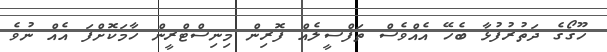
ހޫގޯގެ ދަތުރުފުޅާ ބެހޭ އެއްވެސް ތަފްސީލެއް ފޮރިން މިނިސްޓްރީން ހާމަކޮށްފަ އެއް ނުވެ